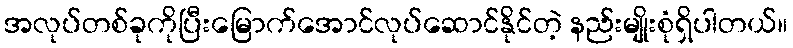
အလုပ်တစ်ခုကိုပြီးမြောက်အောင်လုပ်ဆောင်နိုင်တဲ့ နည်းမျိုးစုံရှိပါတယ်။